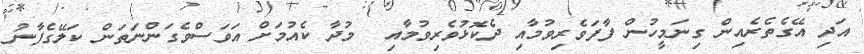
އަދި އޭގެތެރެއިން ގިނަމީހުން ފާފަވެރިވުމާއި ދެކޮޅުވެރިވުމާއި  މުދާ ކެއުމަށް އަވަސްވެގަންނަތަން ކަލޭގެފާނު